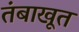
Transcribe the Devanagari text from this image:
तंबाखूत